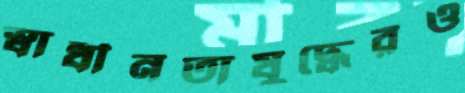
স্বাধীনতাযুদ্ধেরও